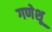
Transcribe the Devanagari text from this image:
गणेशू